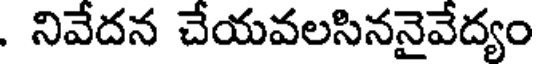
. నివేదన చేయవలసిననైవేద్యం